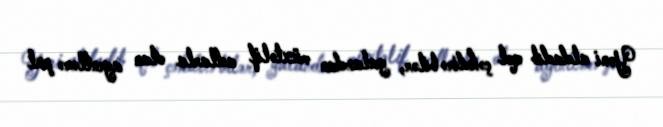
Yəni aldadıb qol çəkdirə bilər, yalandan müxtəlif adlarla olan agentlərə pul